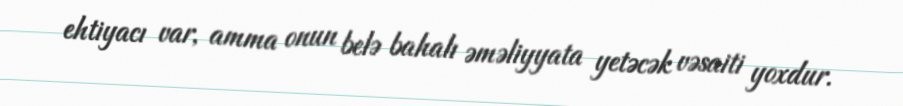
ehtiyacı var, amma onun belə bahalı əməliyyata yetəcək vəsaiti yoxdur.